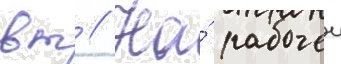
вт // На́ рабочеи